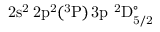
\mathrm { 2 s ^ { 2 } \, 2 p ^ { 2 } ( ^ { 3 } P ) \, 3 p ~ ^ { 2 } D _ { 5 / 2 } ^ { \circ } }